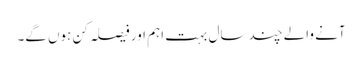
آنے والے چند سال بہت اہم اور فیصلہ کن ہوں گے۔